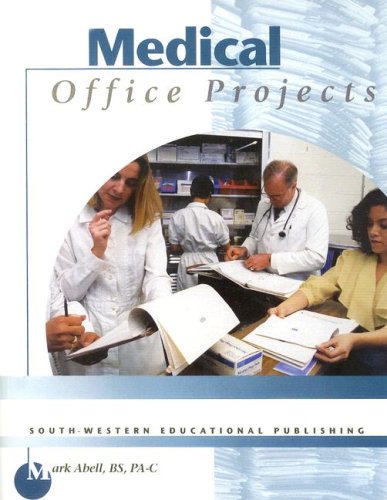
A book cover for Medical Office Projects (with Template Disk); Mark Abell; Law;